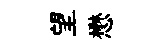
望懋